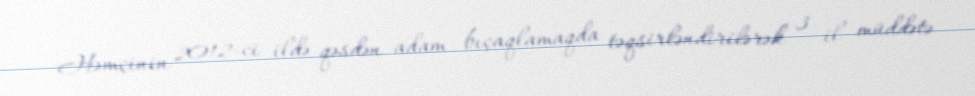
Həmçinin 2012-ci ildə qəsdən adam bıçaqlamaqda təqsirləndirilərək 3 il müddətə